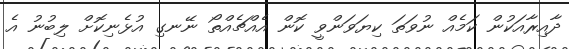
ދާއިރާއަކުން ކަމެއް ނުވަތަ ކިޔަވަންވީ ކޮން އެއްޗެއްތޯ ނޭނގި އުޅެނިކޮށް ލިބުނު އެ